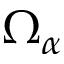
\Omega _ { \alpha }